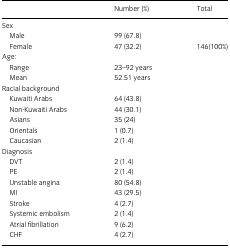
<table><thead><tr><td></td><td><b>Number (%)</b></td><td><b>Total</b></td></tr></thead><tbody><tr><td colspan="3">Sex</td></tr><tr><td>Male</td><td>99 (67.8)</td><td></td></tr><tr><td>Female</td><td>47 (32.2)</td><td>146(100%)</td></tr><tr><td colspan="3">Age:</td></tr><tr><td>Range</td><td>23–92 years</td><td></td></tr><tr><td>Mean</td><td>52.51 years</td><td></td></tr><tr><td colspan="3">Racial background</td></tr><tr><td>Kuwaiti Arabs</td><td>64 (43.8)</td><td></td></tr><tr><td>Non-Kuwaiti Arabs</td><td>44 (30.1)</td><td></td></tr><tr><td>Asians</td><td>35 (24)</td><td></td></tr><tr><td>Orientals</td><td>1 (0.7)</td><td></td></tr><tr><td>Caucasian</td><td>2 (1.4)</td><td></td></tr><tr><td colspan="3">Diagnosis</td></tr><tr><td>DVT</td><td>2 (1.4)</td><td></td></tr><tr><td>PE</td><td>2 (1.4)</td><td></td></tr><tr><td>Unstable angina</td><td>80 (54.8)</td><td></td></tr><tr><td>MI</td><td>43 (29.5)</td><td></td></tr><tr><td>Stroke</td><td>4 (2.7)</td><td></td></tr><tr><td>Systemic embolism</td><td>2 (1.4)</td><td></td></tr><tr><td>Atrial fibrillation</td><td>9 (6.2)</td><td></td></tr><tr><td>CHF</td><td>4 (2.7)</td><td></td></tr></tbody></table>